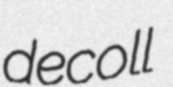
decoll